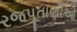
રજપૂતાણીઓ